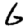
Digit: 6